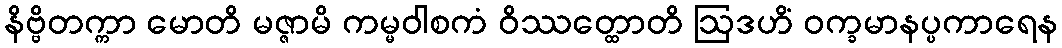
နိဗ္ဗိတက္ကာ မောတိ မဇ္ဇာမိ ကမ္မဝါစကံ ဝိဿတ္ထောတိ ဩဒဟိံ ဝက္ခမာနပ္ပကာရေန